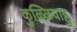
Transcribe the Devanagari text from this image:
कुळ्ळियाट्टु